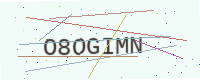
Text: O8OGIMN